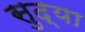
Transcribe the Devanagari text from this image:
सुद्या